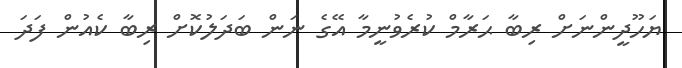
ޔަހޫދީންނަށް ރިބާ ޙަރާމް ކުރެވުނީމާ އޭގެ ނަން ބަދަލުކޮށް ރިބާ ކެއުން ފަދަ